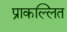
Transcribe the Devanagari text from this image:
प्राकल्लित